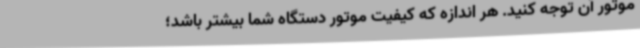
موتور آن توجه کنید. هر اندازه که کیفیت موتور دستگاه شما بیشتر باشد؛